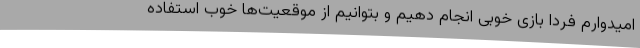
امیدوارم فردا بازی خوبی انجام دهیم و بتوانیم از موقعیت‌ها خوب استفاده